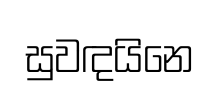
සුවඳයිනෙ